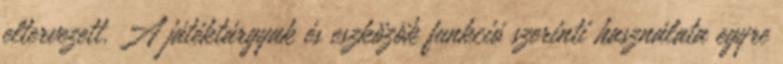
eltervezett. A játéktárgyak és eszközök funkció szerinti használata egyre